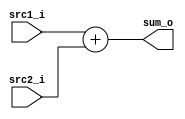
//Subject:     CO project 4 - Pipe CPU 1
//--------------------------------------------------------------------------------
//Version:     1
//--------------------------------------------------------------------------------
//Writer:      
//----------------------------------------------
//Date:        
//----------------------------------------------
//Description: 
//--------------------------------------------------------------------------------
module Adder(
    src1_i,
	src2_i,
	sum_o
	);
     
//I/O ports
input  [32-1:0]  src1_i;
input  [32-1:0]	 src2_i;
output [32-1:0]	 sum_o;

//Internal Signals
wire    [32-1:0]	 sum_o;

//Parameter
    
//Main function
assign sum_o = src1_i + src2_i;
endmodule